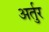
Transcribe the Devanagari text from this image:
अर्तुर